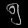
Digit: ၅